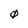
Character: 0